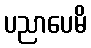
ပညာပေမိ